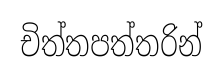
චිත්තපත්තරින්